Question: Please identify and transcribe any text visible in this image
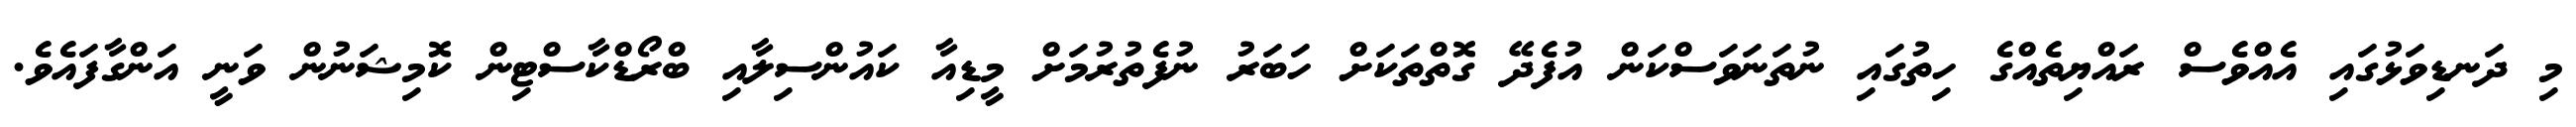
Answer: މި ދަނޑިވަޅުގައި އެއްވެސް ރައްޔިތެއްގެ ހިތުގައި ނުތަނަވަސްކަން އުފެދޭ ގޮތްތަކަށް ހަބަރު ނުފެތުރުމަށް މީޑިއާ ކައުންސިލާއި ބްރޯޑްކާސްޓިން ކޮމިޝަނުން ވަނީ އަންގާފައެވެ.